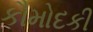
કૌમોદકી